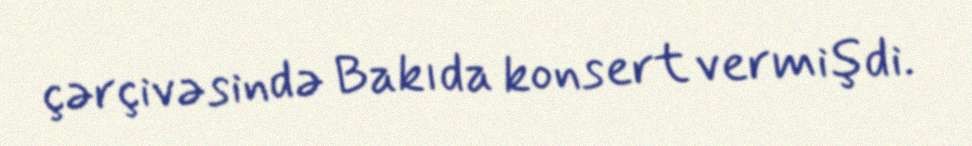
çərçivəsində Bakıda konsert vermişdi.